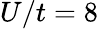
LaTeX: U/t=8